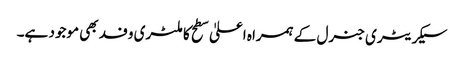
سیکریٹری جنرل کے ہمراہ اعلیٰ سطح کا ملٹری وفد بھی موجود ہے۔